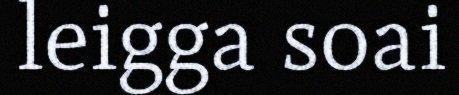
leigga soai